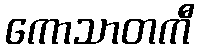
ကောသာတကီ